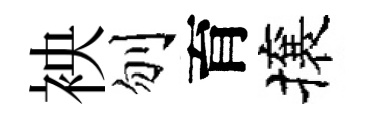
䘧刎育攘